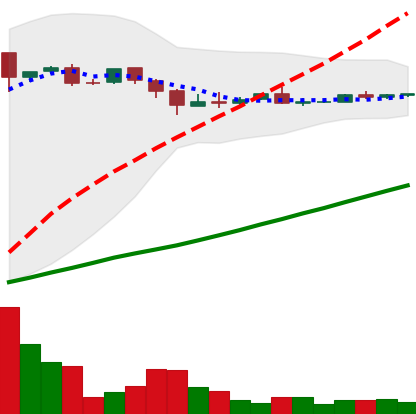
Ticker: DOGE-USD
Chart end date: 2018-09-30
Forward return: -4.013%
Label: down_3_5